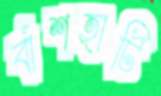
বাঁশহাটি